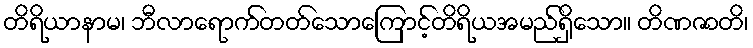
တိရိယာနာမ၊ ဘီလာရောက်တတ်သောကြောင့်တိရိယအမည်ရှိသော။ တိဏဇာတိ၊